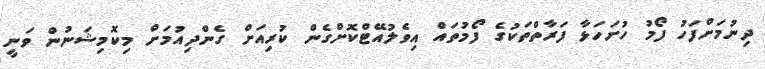
ދިނުމަށްފަހު ފޯމު ހުށަހަޅާ ފަރާތްތަކުގެ ފޯމުތައް އިވެލުއޭޓްކޮށްގެން ކުރިއަށް ގެންދިއުމަށް މިކޮމިޝަނުން ވަނީ